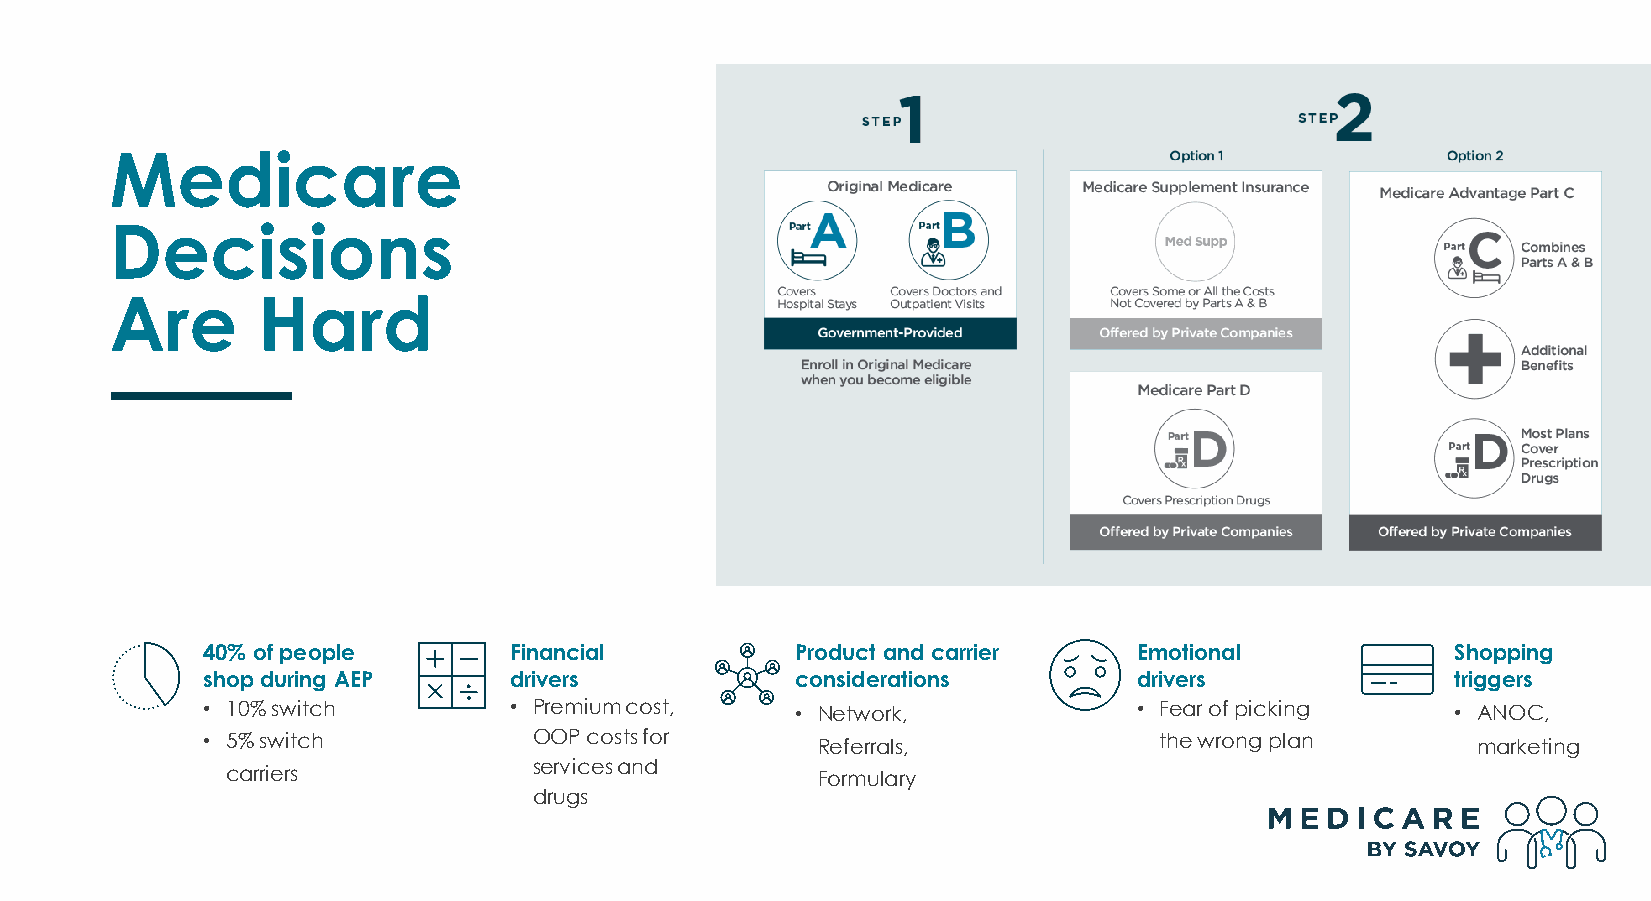
Medicare
 Decisions
 Are       Hard
 40% of people        Financial          Product and carrier   Emotional            Shopping
 shop during AEP      drivers            considerations        drivers              triggers
 • 10% switch         • Premium cost,    • Network,            • Fear of picking    • ANOC,
 • 5% switch           OOP costs for      Referrals,             the wrong plan       marketing
 services and
 carriers                               Formulary
 drugs